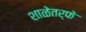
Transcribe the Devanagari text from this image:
शाळेतर्फे